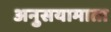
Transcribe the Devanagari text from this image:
अनुसयामाता